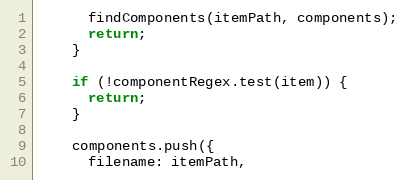
Language: JavaScript
      findComponents(itemPath, components);
      return;
    }

    if (!componentRegex.test(item)) {
      return;
    }

    components.push({
      filename: itemPath,